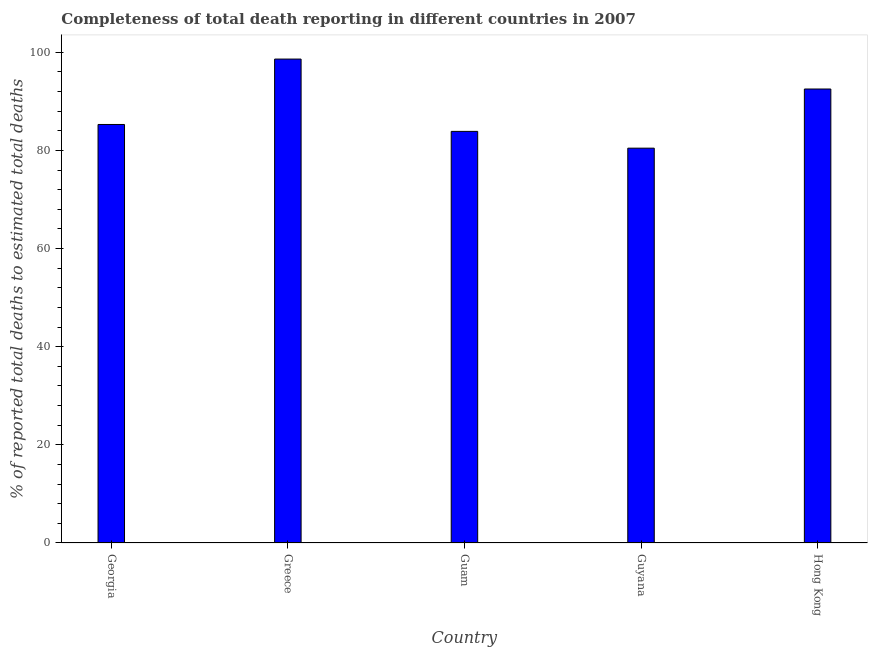
| Country | Completeness of total death reporting  |
 | --- | --- |
 | Georgia | 85.3 |
 | Greece | 98.6 |
 | Guam | 83.9 |
 | Guyana | 80.5 |
 | Hong Kong | 92.5 |